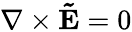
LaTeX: \nabla\times\mathbf{\tilde{E}}=0